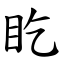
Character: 盵